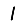
Digit: 1